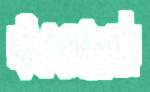
সাঁতরানোটা